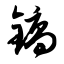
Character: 镐